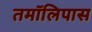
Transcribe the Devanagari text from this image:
तमॉलिपास